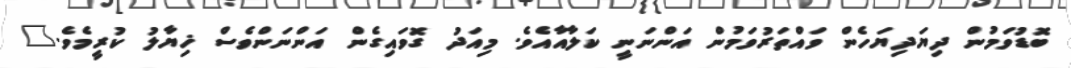
ބޮޑުވަމުން ދިޔަދިޔަހެން ވައްތަރުވަމުން އަންނަނީ ކަލާއާއެވެ. މިއަދު ގޮވައިގެން އަންނަންވެސް ޚިޔާލު ކުރީމެވެ."